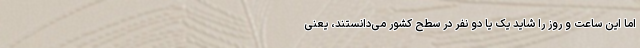
اما این ساعت و روز را شاید یک یا دو نفر در سطح کشور می‌دانستند، یعنی